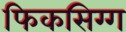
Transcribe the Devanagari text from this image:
फिकसिग्ग